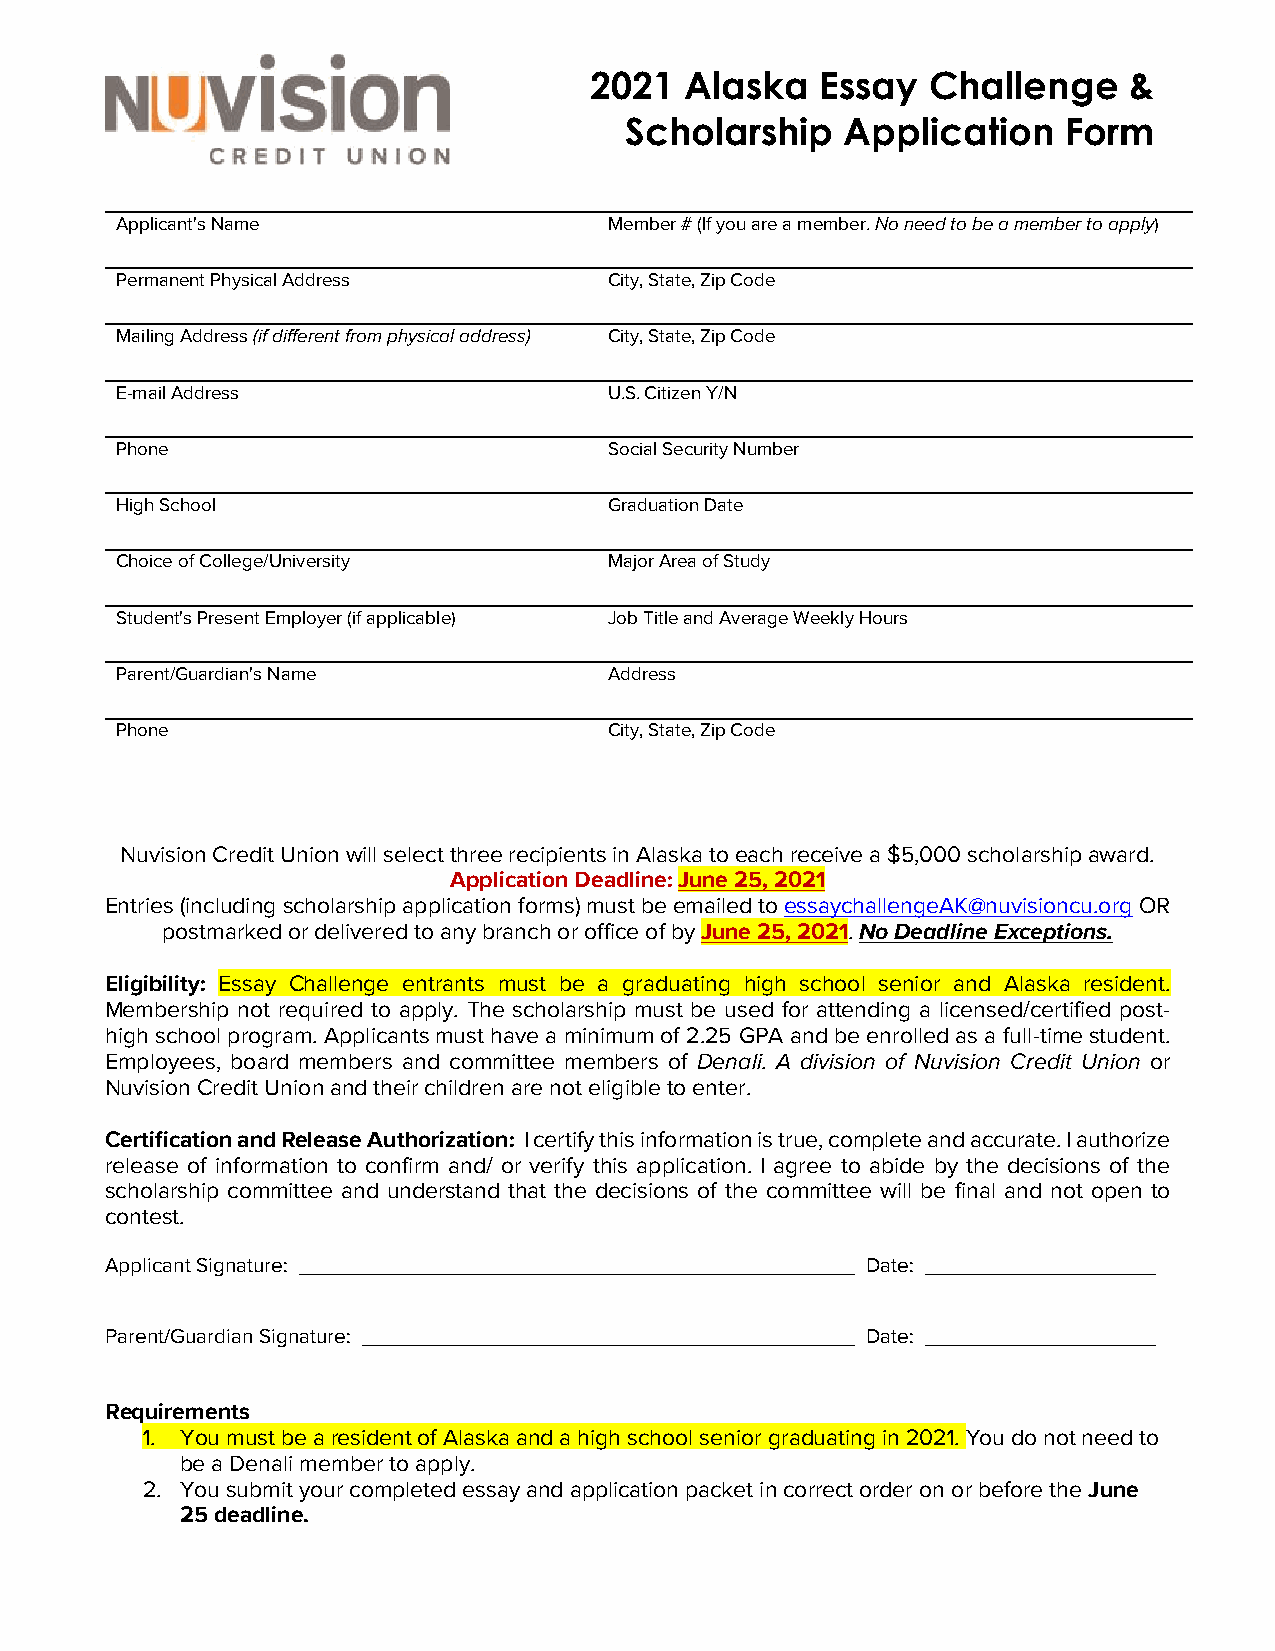
2021  Alaska   Essay  Challenge     &
 Scholarship    Application    Form
 Applicant's Name                Member # (If you are a member. No need to be a member to apply)
 Permanent Physical Address      City, State, Zip Code
 Mailing Address (if different from physical address) City, State, Zip Code
 E-mail Address                  U.S. Citizen Y/N
 hip Application  – 2012
 Phone                           Social Security Number
 High School                     Graduation Date
 Choice of College/University    Major Area of Study
 Student's Present Employer (if applicable) Job Title and Average Weekly Hours
 Parent/Guardian's Name          Address
 Phone                           City, State, Zip Code
 Nuvision Credit Union will select three recipients in Alaska to each receive a $5,000 scholarship award.
 Application Deadline: June 25, 2021
 Entries (including scholarship application forms) must be emailed to essaychallengeAK@nuvisioncu.org OR
 postmarked or delivered to any branch or office of by June 25, 2021. No Deadline Exceptions.
 Eligibility: Essay Challenge entrants must be a graduating high school senior and Alaska resident.
 Membership not required to apply. The scholarship must be used for attending a licensed/certified post-
 high school program. Applicants must have a minimum of 2.25 GPA and be enrolled as a full-time student.
 Employees, board members and committee members of Denali. A division of Nuvision Credit Union or
 Nuvision Credit Union and their children are not eligible to enter.
 Certification and Release Authorization: I certify this information is true, complete and accurate. I authorize
 release of information to confirm and/ or verify this application. I agree to abide by the decisions of the
 scholarship committee and understand that the decisions of the committee will be final and not open to
 contest.
 Applicant Signature:                              Date:
 Parent/Guardian Signature:                        Date:
 Requirements
 1. You must be a resident of Alaska and a high school senior graduating in 2021. You do not need to
 be a Denali member to apply.
 2. You submit your completed essay and application packet in correct order on or before the June
 25 deadline.